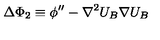
\Delta \Phi _ { 2 } \equiv \phi ^ { \prime \prime } - \nabla ^ { 2 } U _ { B } \nabla U _ { B }